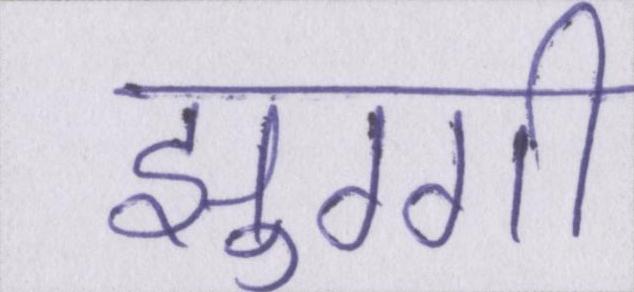
झुग्गी